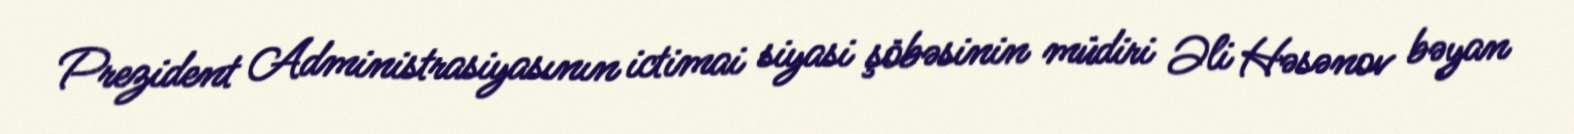
Prezident Administrasiyasının ictimai siyasi şöbəsinin müdiri Əli Həsənov bəyan